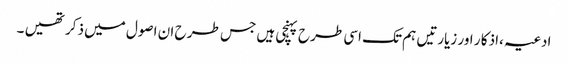
ادعیہ ،اذکا ر اور زیارتیں ہم تک اسی طرح پہنچی ہیں جس طر ح ان اصول میں ذکر تھیں ۔